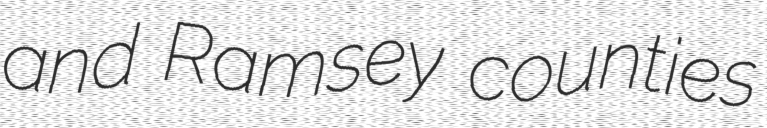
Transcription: and Ramsey counties